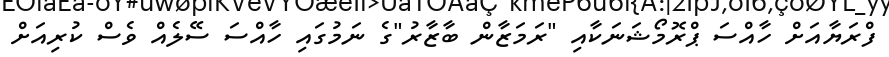
ފްރަޔާއަށް ހާއްސަ ޕްރޮމޯޝަނަކާއި "ރަމަޒާން ބާޒާރު"ގެ ނަމުގައި ހާއްސަ ސޭލެއް ވެސް ކުރިއަށް